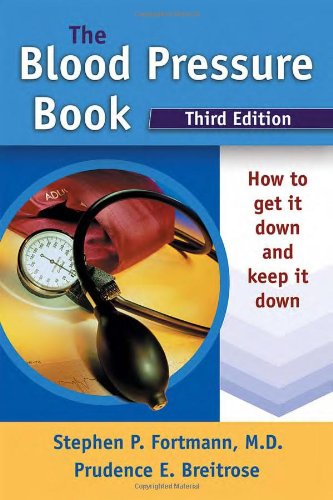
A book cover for The Blood Pressure Book: How to Get It Down and Keep It Down; Stephen P. Fortmann MD; Health, Fitness & Dieting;